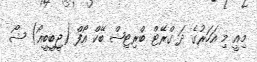
މިއީ މި އަހަރުގެ ދަ ގްރޭޓް ބްރިޓިޝް ބޭކް އޯފް (ޖީބީބީއޯ) ޝޯ